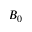
B _ { 0 }